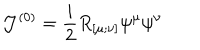
LaTeX: { \cal J } ^ { ( 0 ) } = \frac i 2 R _ { [ \mu ; \nu ] } \psi ^ { \mu } \psi ^ { \nu }